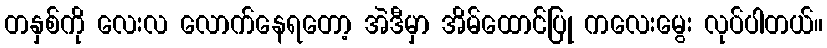
တနှစ်ကို လေးလ လောက်နေရတော့ အဲဒီမှာ အိမ်ထောင်ပြု ကလေးမွေး လုပ်ပါတယ်။